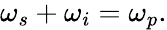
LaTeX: \begin{array}{r}{\omega_{s}+\omega_{i}=\omega_{p}.}\end{array}